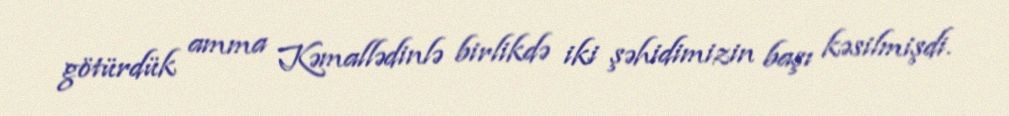
götürdük amma Kəmallədinlə birlikdə iki şəhidimizin başı kəsilmişdi.